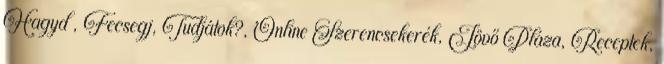
Hagyd , Fecsegj, Tudjátok?, Online Szerencsekerék, Jövő Pláza, Receptek,